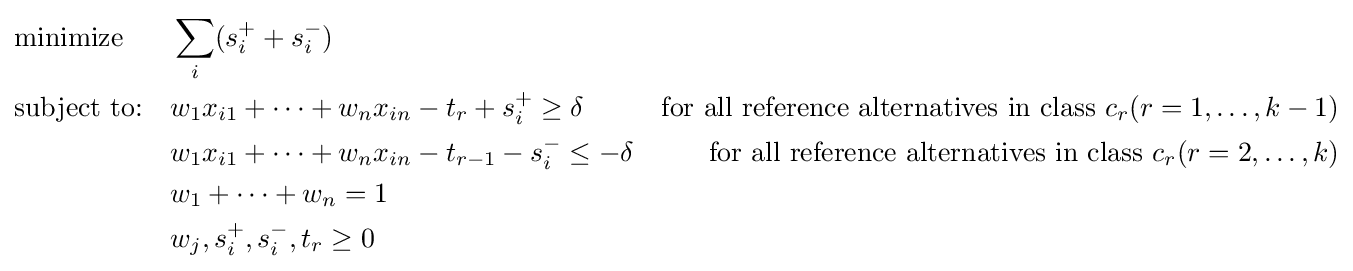
{\begin{aligned}&{\text{minimize}}&&\sum _{i}(s_{i}^{+}+s_{i}^{-})\\&{\text{subject to:}}&&w_{1}x_{i1}+\cdots +w_{n}x_{in}-t_{r}+s_{i}^{+}\geq \delta &{\text{for all reference alternatives in class }}c_{r}(r=1,\ldots ,k-1)\\&&&w_{1}x_{i1}+\cdots +w_{n}x_{in}-t_{r-1}-s_{i}^{-}\leq -\delta &{\text{for all reference alternatives in class }}c_{r}(r=2,\ldots ,k)\\&&&w_{1}+\cdots +w_{n}=1\\&&&w_{j},s_{i}^{+},s_{i}^{-},t_{r}\geq 0\end{aligned}}